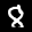
Label: 8